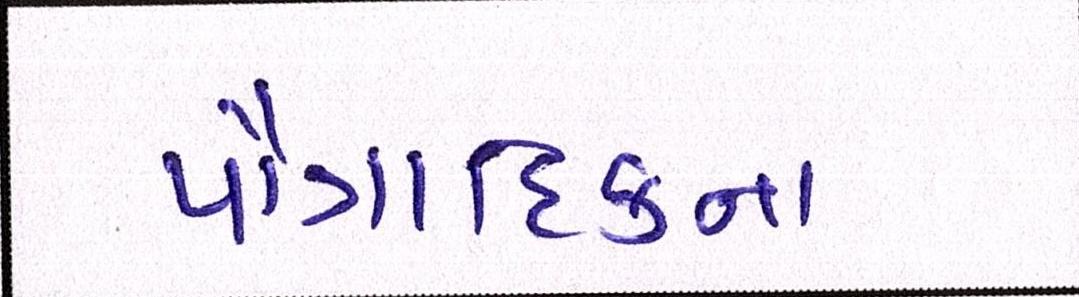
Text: પૌત્રાદિકના